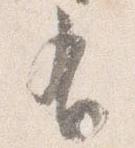
有